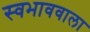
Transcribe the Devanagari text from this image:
स्वभाववाला